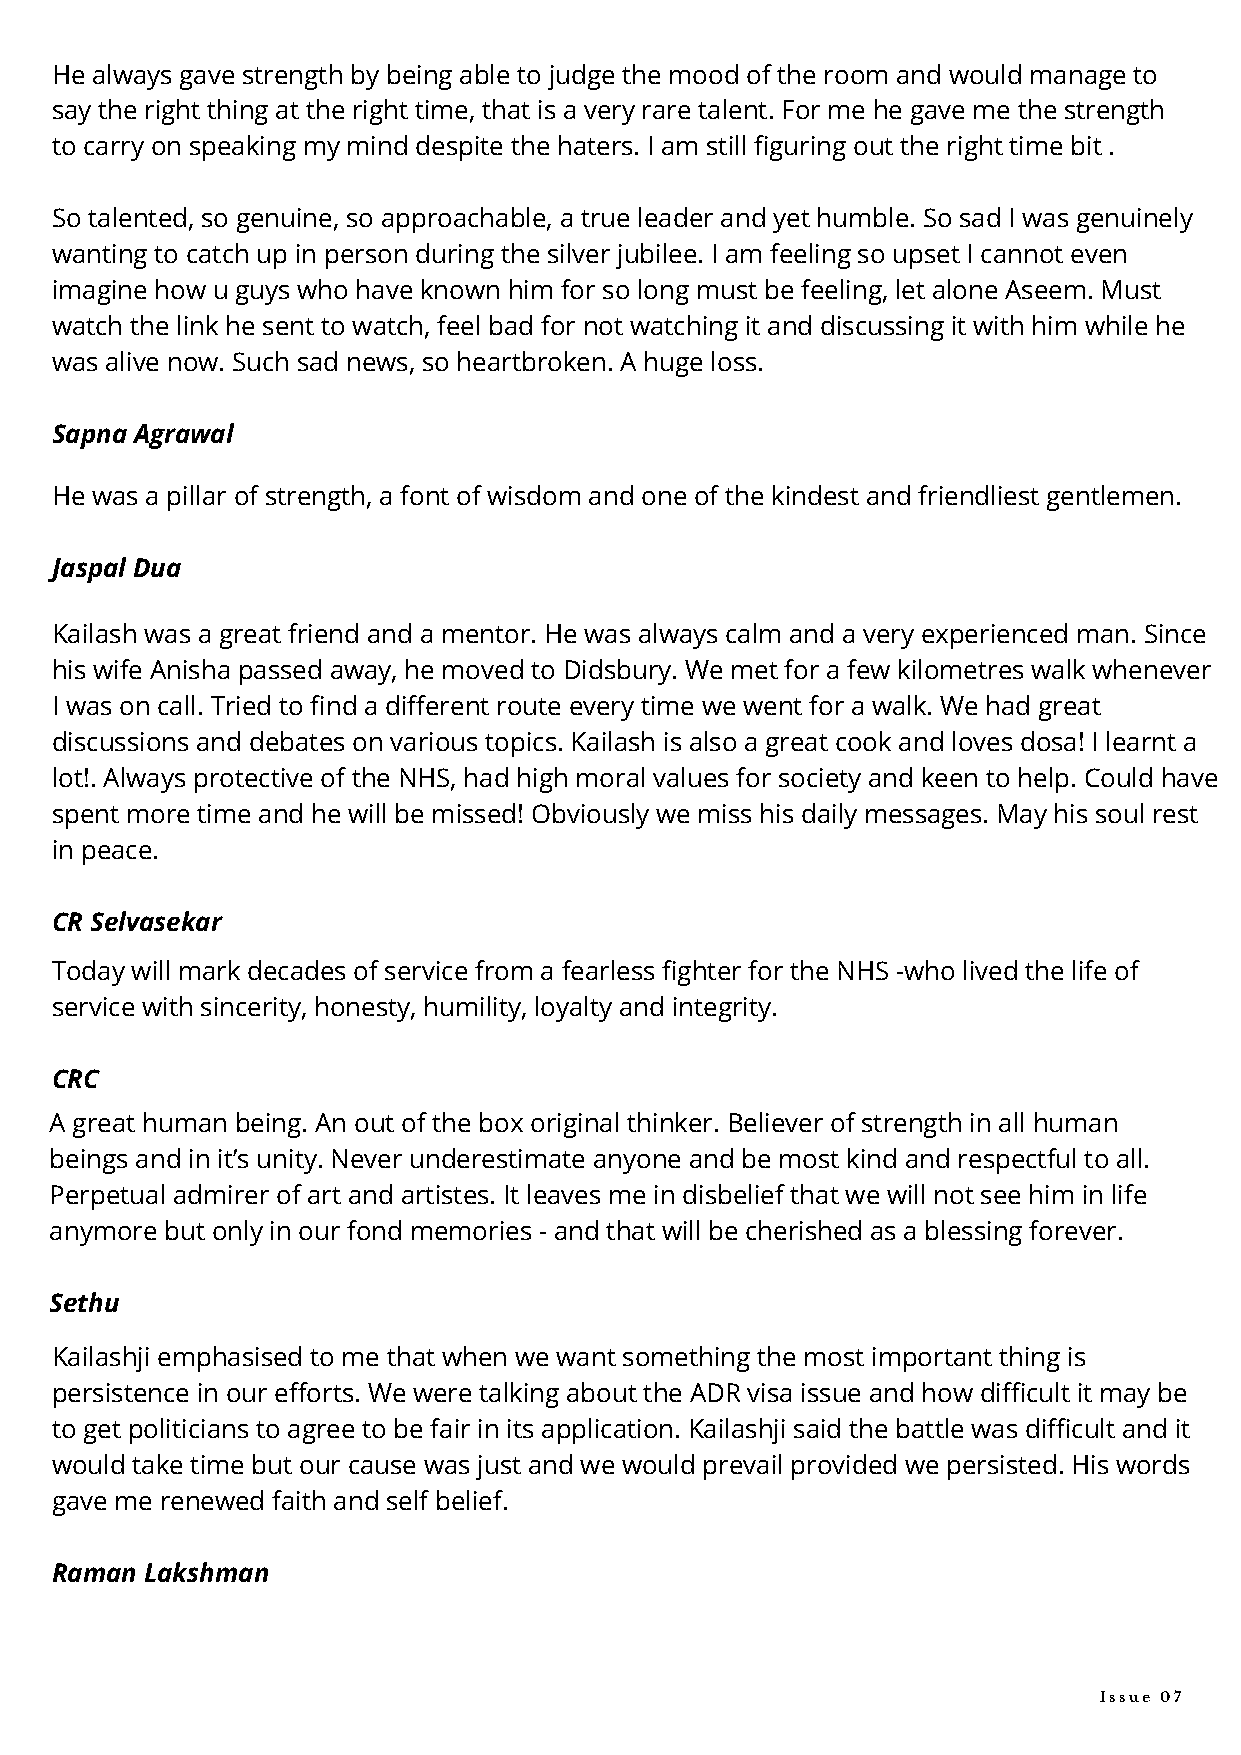
He always gave strength by being able to judge the mood of the room and would manage to
 say the right thing at the right time, that is a very rare talent. For me he gave me the strength
 to carry on speaking my mind despite the haters. I am still figuring out the right time bit .
 So talented, so genuine, so approachable, a true leader and yet humble. So sad I was genuinely
 wanting to catch up in person during the silver jubilee. I am feeling so upset I cannot even
 imagine how u guys who have known him for so long must be feeling, let alone Aseem. Must
 watch the link he sent to watch, feel bad for not watching it and discussing it with him while he
 was alive now. Such sad news, so heartbroken. A huge loss.
 Sapna Agrawal
 He was a pillar of strength, a font of wisdom and one of the kindest and friendliest gentlemen.
 Jaspal Dua
 Kailash was a great friend and a mentor. He was always calm and a very experienced man. Since
 his wife Anisha passed away, he moved to Didsbury. We met for a few kilometres walk whenever
 I was on call. Tried to find a different route every time we went for a walk. We had great
 discussions and debates on various topics. Kailash is also a great cook and loves dosa! I learnt a
 lot!. Always protective of the NHS, had high moral values for society and keen to help. Could have
 spent more time and he will be missed! Obviously we miss his daily messages. May his soul rest
 in peace.
 CR Selvasekar
 Today will mark decades of service from a fearless fighter for the NHS -who lived the life of
 service with sincerity, honesty, humility, loyalty and integrity.
 CRC
 A great human being. An out of the box original thinker. Believer of strength in all human
 beings and in it’s unity. Never underestimate anyone and be most kind and respectful to all.
 Perpetual admirer of art and artistes. It leaves me in disbelief that we will not see him in life
 anymore but only in our fond memories - and that will be cherished as a blessing forever.
 Sethu
 Kailashji emphasised to me that when we want something the most important thing is
 persistence in our efforts. We were talking about the ADR visa issue and how difficult it may be
 to get politicians to agree to be fair in its application. Kailashji said the battle was difficult and it
 would take time but our cause was just and we would prevail provided we persisted. His words
 gave me renewed faith and self belief.
 Raman  Lakshman
 Issue 07